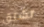
تشنق